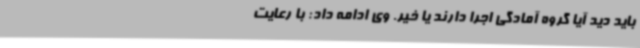
باید دید آیا گروه آمادگی اجرا دارند یا خیر. وی ادامه داد: با رعایت